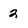
Character: 2